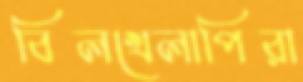
বিলখেলাপিরা